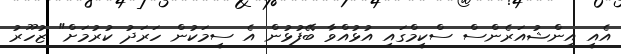
އެއީ އިންޝުއަރެންސް ސްކީމްގައި އުޅުއްވާ ބޭފުޅުން އެ ސީމަކުން ހަރަދު ކުރުމަށް" ޒުހޫރު